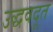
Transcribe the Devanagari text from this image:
उद्धवदूत